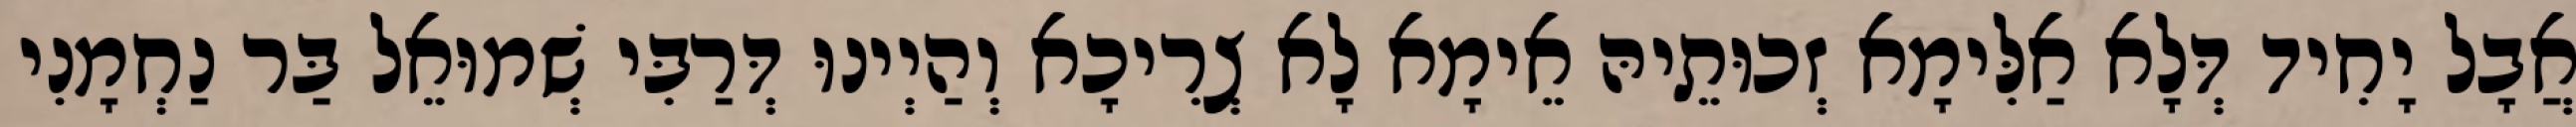
אֲבָל יָחִיד דְּלָא אַלִּימָא זְכוּתֵיהּ אֵימָא לָא צְרִיכָא וְהַיְינוּ דְּרַבִּי שְׁמוּאֵל בַּר נַחְמָנִי